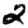
Digit: 2